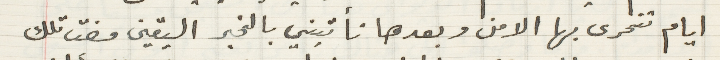
ايام تتحرى بها الامن وبعدها تأتيني بالخبر اليقين مضت تلك